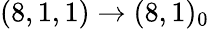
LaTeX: (8,1,1)\rightarrow(8,1)_{0}